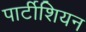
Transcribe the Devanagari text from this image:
पार्टीशियन